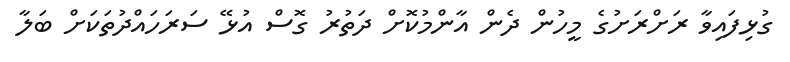
ގުޅިފައިވާ ރަށްރަށުގެ މީހުން ދެން އާންމުކޮށް ދަތުރު ގޮސް އުޅޭ ސަރަހައްދުތަކަށް ބަލާ